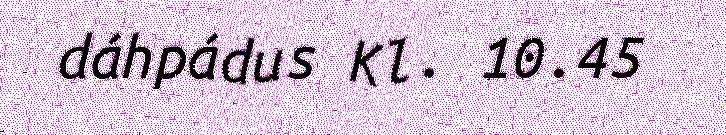
dáhpádus Kl. 10.45